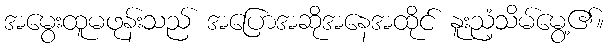
အမွေးထူမဖုန်းသည် အပြောအဆိုအနေအထိုင် နူးညံ့သိမ်မွေ့၏။